Insane asylums Bombay 1873-77 - 1873-1877
Year: 1873
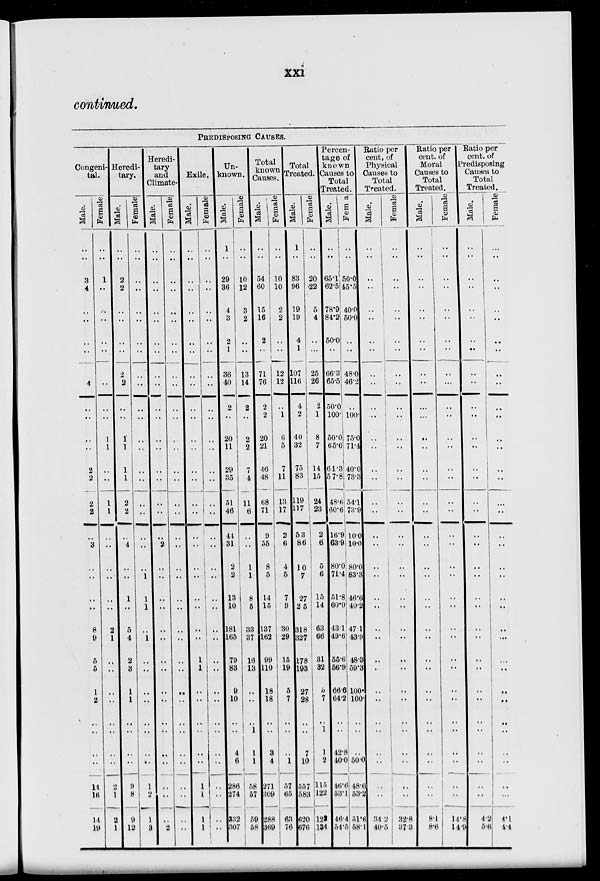
xxi
continued.
PREDISPOSING
CAUSES.
Congeni-
tal.
Male.
..
..
3
4
..
..
..
..
..
4
..
..
..
..
2
2
2
2
..
3
..
..
..
..
8
9
5
5
1
2
..
..
..
..
14
16
14
19
Female
..
..
1
..
..
..
..
..
..
..
..
..
1
1
..
..
1
1
..
..
..
..
..
..
2
1
..
..
..
..
..
..
..
..
2
1
2
1
Heredi-
tary.
Male.
..
..
2
2
..
..
..
..
2
2
..
..
1
1
1
1
2
2
..
4
..
..
1
..
5
4
2
3
1
1
..
..
..
..
9
8
9
12
Female
..
..
..
..
..
..
..
..
..
..
..
..
..
..
..
..
..
..
..
..
..
1
1
1
..
1
..
..
..
..
..
..
..
..
1
2
1
3
Heredi-
tary
and
Climate-
Male.
..
..
..
..
..
..
..
..
..
..
..
..
..
..
..
..
..
..
..
2
..
..
..
..
..
..
..
..
..
..
..
..
..
..
..
..
..
2
Female
..
..
..
..
..
..
..
..
..
..
..
..
..
..
..
..
..
..
..
..
..
..
..
..
..
..
..
..
..
..
..
..
..
..
..
..
..
..
Exile.
Male.
..
..
..
..
..
..
..
..
..
..
..
..
..
..
..
..
..
..
..
..
..
..
..
..
..
..
1
1
..
..
..
..
..
..
1
1
1
1
Female
..
..
..
..
..
..
..
..
..
..
..
..
..
..
..
..
..
..
..
..
..
..
..
..
..
..
..
..
..
..
..
..
..
..
..
..
..
..
Un-
known.
Male.
1
..
29
36
4
3
2
1
36
40
2
..
20
11
29
35
51
46
44
31
2
2
13 10
181
165
79
83
9
10
..
..
4
6
286
274
332
307
Female
..
..
10
12
3
2
..
..
13
14
2
..
2
2
7
4
11
6
..
..
1
1
8
5
33
37
16
13
..
..
..
1
1
1
58
57
59
58
Total
known
Causes.
Male.
..
..
54
60
15
16
2
..
71
76
2
2
20
21
46
48
68
71
9
55
8
5
14
15
137
162
99
110
18
18
..
..
3
4
271
309
288
369
Female
..
..
10
10
2
2
..
..
12
12
..
1
6
5
7
11
13
17
2
6
4
5
7
9
30
29
15
19
5
7
..
..
..
1
57
65
63
76
Total
Treated.
Male.
1
..
83
96
19
19
4
1
107
116
4
2
40
32
75
83
119
117
53
86
10
7
27
25
318
327
178
193
27
28
..
..
7
10
557
583
620
676
Female
..
..
20
22
5
4
..
...
25
26
2
1
8
7
14
15
24
23
2
6
5
6
15
14
63
66
31
32
5
7
..
1
1
2
115
122
122
134
Percen-
tage of
known
Causes to
Total
Treated.
Male.
..
..
65.1
62.5
78.9
84.2
50.0
..
66.3
65.5
50.0
100.
50.0
65.6
61.3
57.8
48.6
60.6
16.9
63.9
80.0
71.4
51.8
60.0
43.1
49.6
55.6
56.9
66.6
64.2
..
..
42.8
40.0
46.6
53.1
46.4
54.5
Females
..
..
50.0
45.5
40.0
50.0
..
..
48.0
46.2
..
100.
75.0
71.4
40.0
73.3
54.1
73.9
10.0
10.0
80.0
83.3
46.6
40.2
47.1
43.9
48.3
59.3
100.
100.
..
..
..
50.0
48.6
53.1
51.6
58.1
Ratio per
cent, of
Physical
Causes to
Total
Treated.
Male.
..
..
..
..
..
..
..
..
..
..
..
..
..
..
..
..
..
..
..
..
..
..
..
..
..
..
..
..
..
..
..
..
..
..
..
..
34.2
40.5
Female
..
..
..
..
..
..
..
..
..
..
..
..
..
..
..
..
..
..
..
..
..
..
..
..
..
..
..
..
..
..
..
..
..
..
..
..
32.8
37.3
Ratio per
cent. of
Moral
Causes to
Total
Treated.
Male.
..
..
..
..
..
..
..
..
..
..
..
...
..
..
..
..
..
..
..
..
..
..
..
..
..
..
..
..
..
..
..
..
..
..
..
..
8.1
8.6
Female
..
..
..
..
..
..
..
..
..
..
..
..
..
..
..
..
..
..
..
..
..
..
..
..
..
..
..
..
..
..
..
..
..
..
..
..
14.8
14.9
Ratio per
cent. of
Predisposing
Causes to
Total
Treated.
Male.
..
..
..
..
..
..
..
..
..
..
..
..
..
..
..
..
..
..
..
..
..
..
..
..
..
..
..
..
..
..
..
..
..
..
..
..
4.2
5.6
Female
..
..
..
..
..
..
..
..
..
..
..
..
..
..
..
..
..
..
..
..
..
..
..
..
..
...
..
..
..
..
..
..
..
..
..
..
4.1
4.4